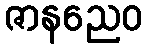
ဇာနညေဝ